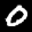
Label: 0